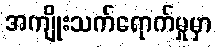
အကျိုးသက်ရောက်မှုမှာ